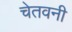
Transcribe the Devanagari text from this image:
चेतवनी